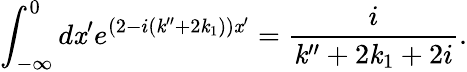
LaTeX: \int_{-\infty}^{0}d\mathit{x}^{\prime}e^{\left(2-i(\mathit{k}^{\prime\prime}+2\mathit{k}_{1})\right)\mathit{x}^{\prime}}=\frac{{i}}{{\mathit{k}^{\prime\prime}+2\mathit{k}_{1}+2i}}.